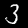
Digit: 3